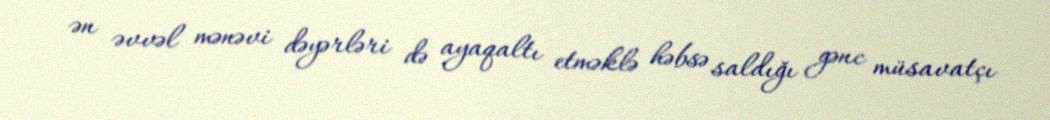
ən əvvəl mənəvi dəyərləri də ayaqaltı etməklə həbsə saldığı gənc müsavatçı